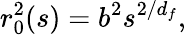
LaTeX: r_{0}^{2}(s)=b^{2}s^{2/d_{f}},